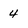
Character: 4